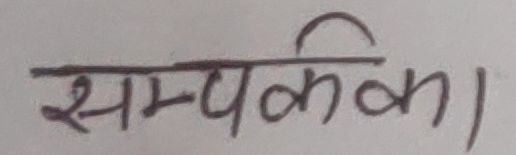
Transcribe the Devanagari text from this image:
सम्पर्किका